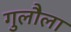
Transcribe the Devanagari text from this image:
गुलौला